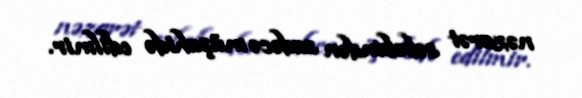
nəzarət səbəbindən sadəcə müşahidə edilmir.